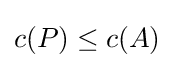
c(P)\leq c(A)